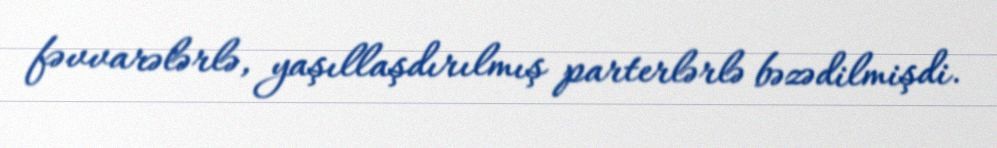
fəvvarələrlə, yaşıllaşdırılmış parterlərlə bəzədilmişdi.